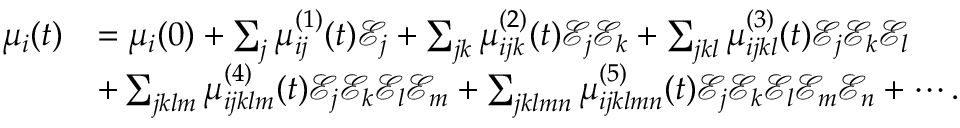
\begin{array} { r l } { \mu _ { i } ( t ) } & { = \mu _ { i } ( 0 ) + \sum _ { j } \mu _ { i j } ^ { ( 1 ) } ( t ) \mathcal { E } _ { j } + \sum _ { j k } \mu _ { i j k } ^ { ( 2 ) } ( t ) \mathcal { E } _ { j } \mathcal { E } _ { k } + \sum _ { j k l } \mu _ { i j k l } ^ { ( 3 ) } ( t ) \mathcal { E } _ { j } \mathcal { E } _ { k } \mathcal { E } _ { l } } \\ & { + \sum _ { j k l m } \mu _ { i j k l m } ^ { ( 4 ) } ( t ) \mathcal { E } _ { j } \mathcal { E } _ { k } \mathcal { E } _ { l } \mathcal { E } _ { m } + \sum _ { j k l m n } \mu _ { i j k l m n } ^ { ( 5 ) } ( t ) \mathcal { E } _ { j } \mathcal { E } _ { k } \mathcal { E } _ { l } \mathcal { E } _ { m } \mathcal { E } _ { n } + \cdots . } \end{array}